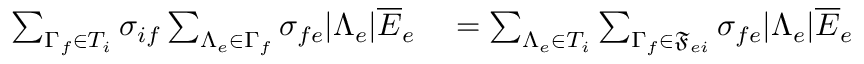
\begin{array} { r l } { \sum _ { \Gamma _ { f } \in T _ { i } } \sigma _ { i f } \sum _ { \Lambda _ { e } \in \Gamma _ { f } } \sigma _ { f e } \lvert \Lambda _ { e } \rvert \overline { { E } } _ { e } } & { { } = \sum _ { \Lambda _ { e } \in T _ { i } } \sum _ { \Gamma _ { f } \in \mathfrak { F } _ { e i } } \sigma _ { f e } \lvert \Lambda _ { e } \rvert \overline { { E } } _ { e } } \end{array}